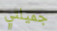
جميلتي